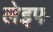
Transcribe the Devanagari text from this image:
लेइफ